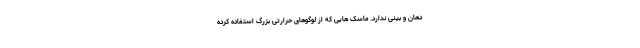
دهان و بینی ندارد. ماسک هایی که از لوگوهای حرارتی بزرگ استفاده کرده